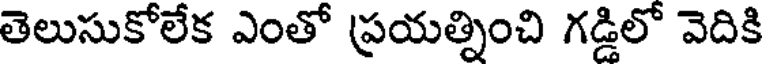
తెలుసుకోలేక ఎంతో ప్రయత్నించి గడ్డిలో వెదికి